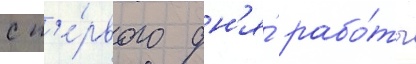
с п'е́рвого дн'я́ рабо́ты